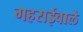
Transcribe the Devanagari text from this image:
गहराईवाले